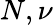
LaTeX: N,\nu